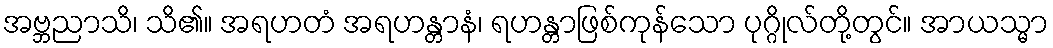
အဗ္ဘညာသိ၊ သိ၏။ အရဟတံ အရဟန္တာနံ၊ ရဟန္တာဖြစ်ကုန်သော ပုဂ္ဂိုလ်တို့တွင်။ အာယသ္မာ